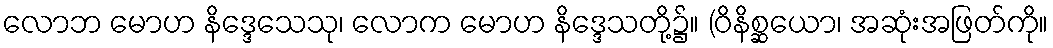
လောဘ မောဟ နိဒ္ဒေသေသု၊ လောက မောဟ နိဒ္ဒေသတို့၌။ (ဝိနိစ္ဆယော၊ အဆုံးအဖြတ်ကို။